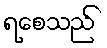
ရစေသည်